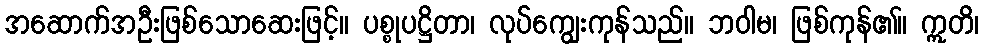
အဆောက်အဦးဖြစ်သောဆေးဖြင့်။ ပစ္စုပဋ္ဌိတာ၊ လုပ်ကျွေးကုန်သည်။ ဘဝါမ၊ ဖြစ်ကုန်၏။ ဣတိ၊